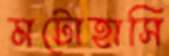
মটোহাসি